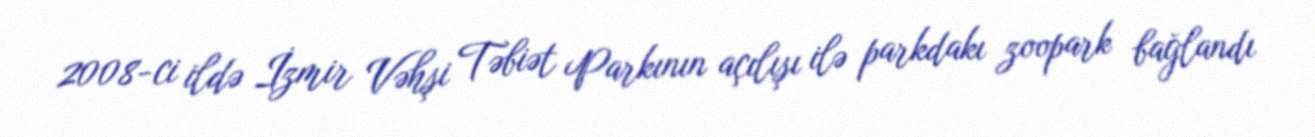
2008-ci ildə İzmir Vəhşi Təbiət Parkının açılışı ilə parkdakı zoopark bağlandı